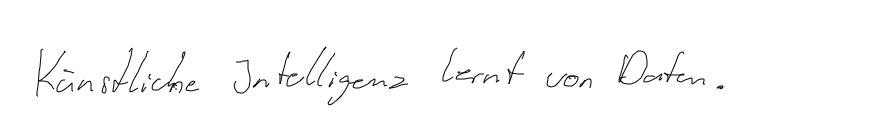
Künstliche Intelligenz lernt von Daten.